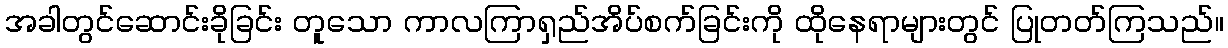
အခါတွင်ဆောင်းခိုခြင်း တူသော ကာလကြာရှည်အိပ်စက်ခြင်းကို ထိုနေရာများတွင် ပြုတတ်ကြသည်။